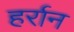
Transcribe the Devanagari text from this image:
हर्रान